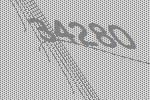
34280